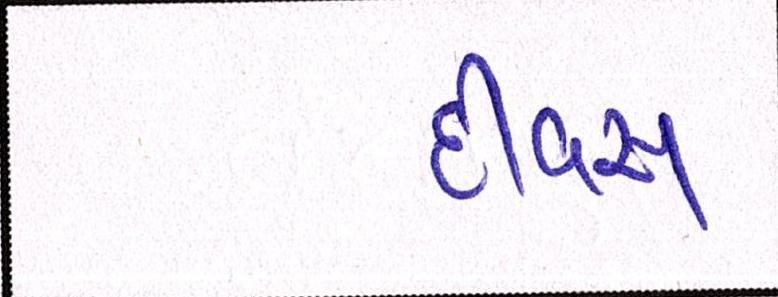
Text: દીવસ